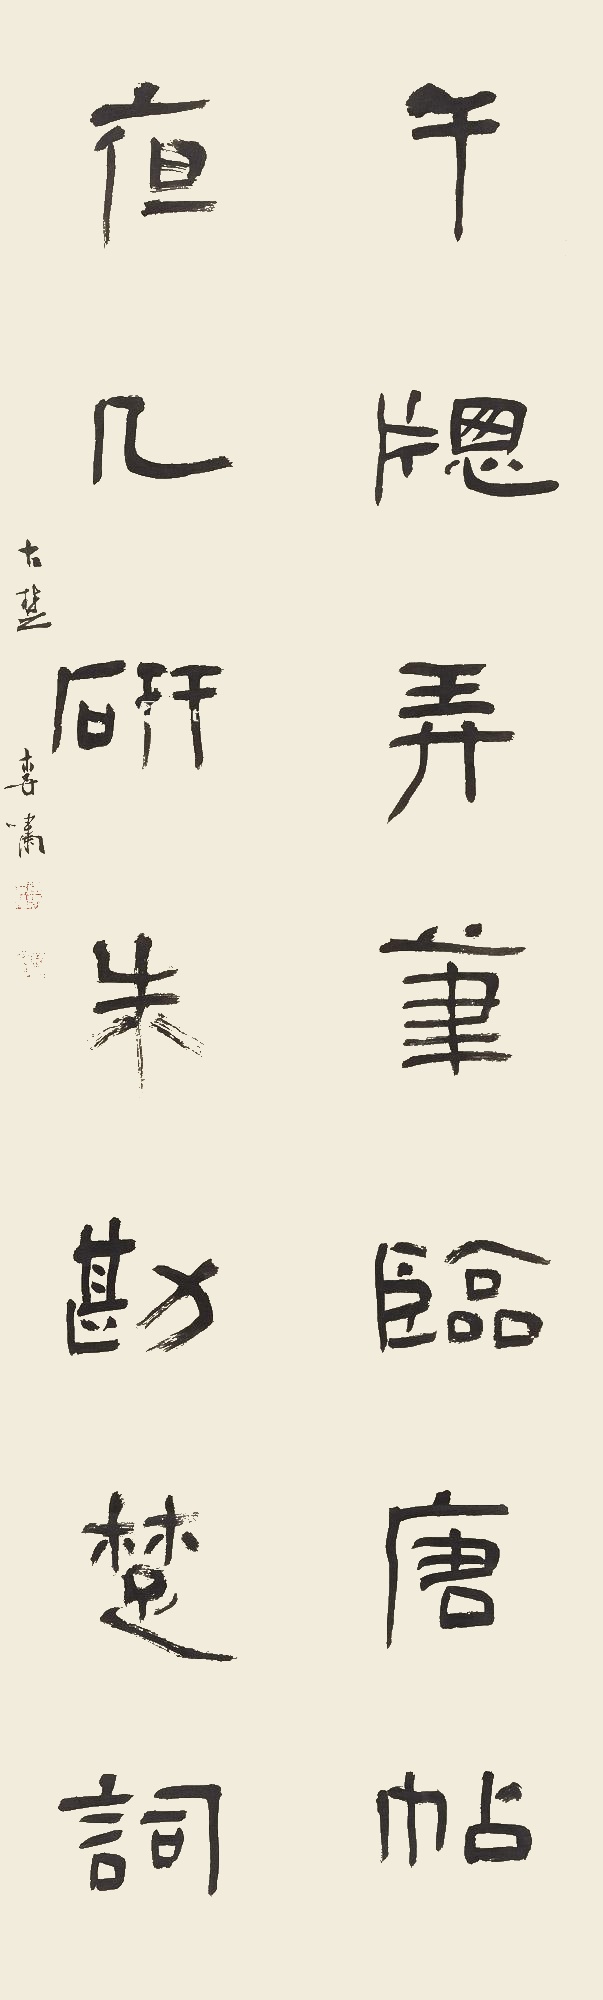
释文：午窗弄笔临唐帖，夜几研朱勘楚词。古楚李啸。